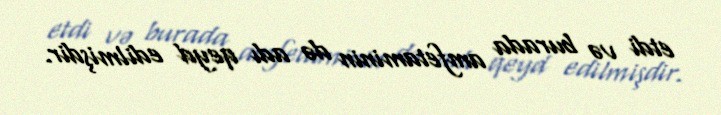
etdi və burada amfetaminin də adı qeyd edilmişdir.